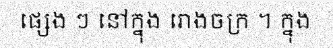
ផ្សេង ៗ នៅក្នុង រោងចក្រ ។ ក្នុង